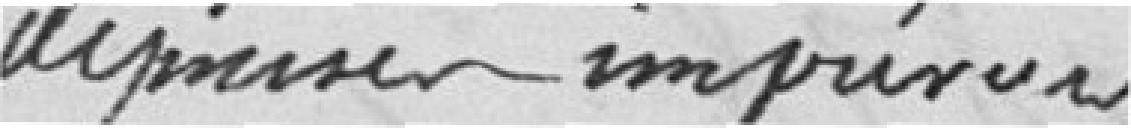
dépenses imprévues